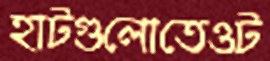
হাটগুলোতেওট